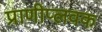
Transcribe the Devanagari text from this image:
प्राणीप्लवक